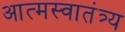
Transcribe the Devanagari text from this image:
आत्मस्वातंत्र्य